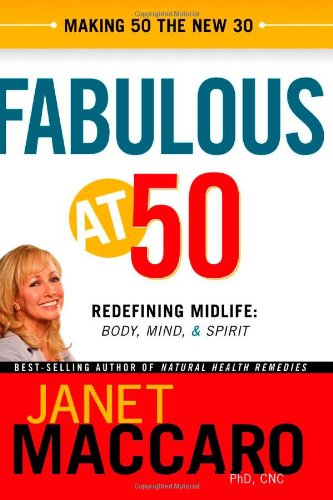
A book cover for Fabulous at 50: Redefining midlife: body, mind and spirit; Janet Maccaro PhD  CNC; Self-Help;